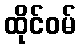
ထိုင်ဝမ်